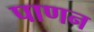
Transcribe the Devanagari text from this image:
पाणन